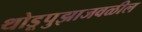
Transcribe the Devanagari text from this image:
थोडूपुझाजवळील